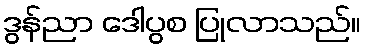
ဒွန်ညာ ဒေါပွစ ပြုလာသည်။